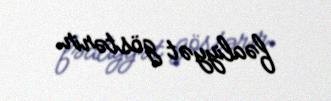
fəaliyyət göstərir.